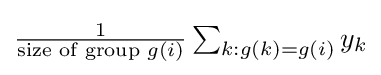
{\textstyle {\frac {1}{{\text{size of group }}g(i)}}\sum _{k:g(k)=g(i)}y_{k}}